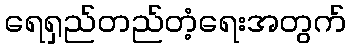
ရေရှည်တည်တံ့ရေးအတွက်